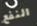
النفع